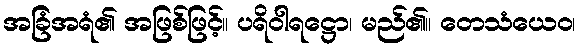
အခြံအရံ၏ အဖြစ်ဖြင့်။ ပရိဝါရဋ္ဌော၊ မည်၏။ တေသံယေဝ၊